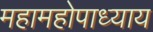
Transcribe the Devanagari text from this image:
महामहोपाध्‍याय